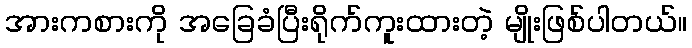
အားကစားကို အခြေခံပြီးရိုက်ကူးထားတဲ့ မျိုးဖြစ်ပါတယ်။